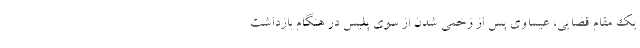
یک مقام قضایی، عیساوی پس از زخمی شدن از سوی پلیس در هنگام بازداشت